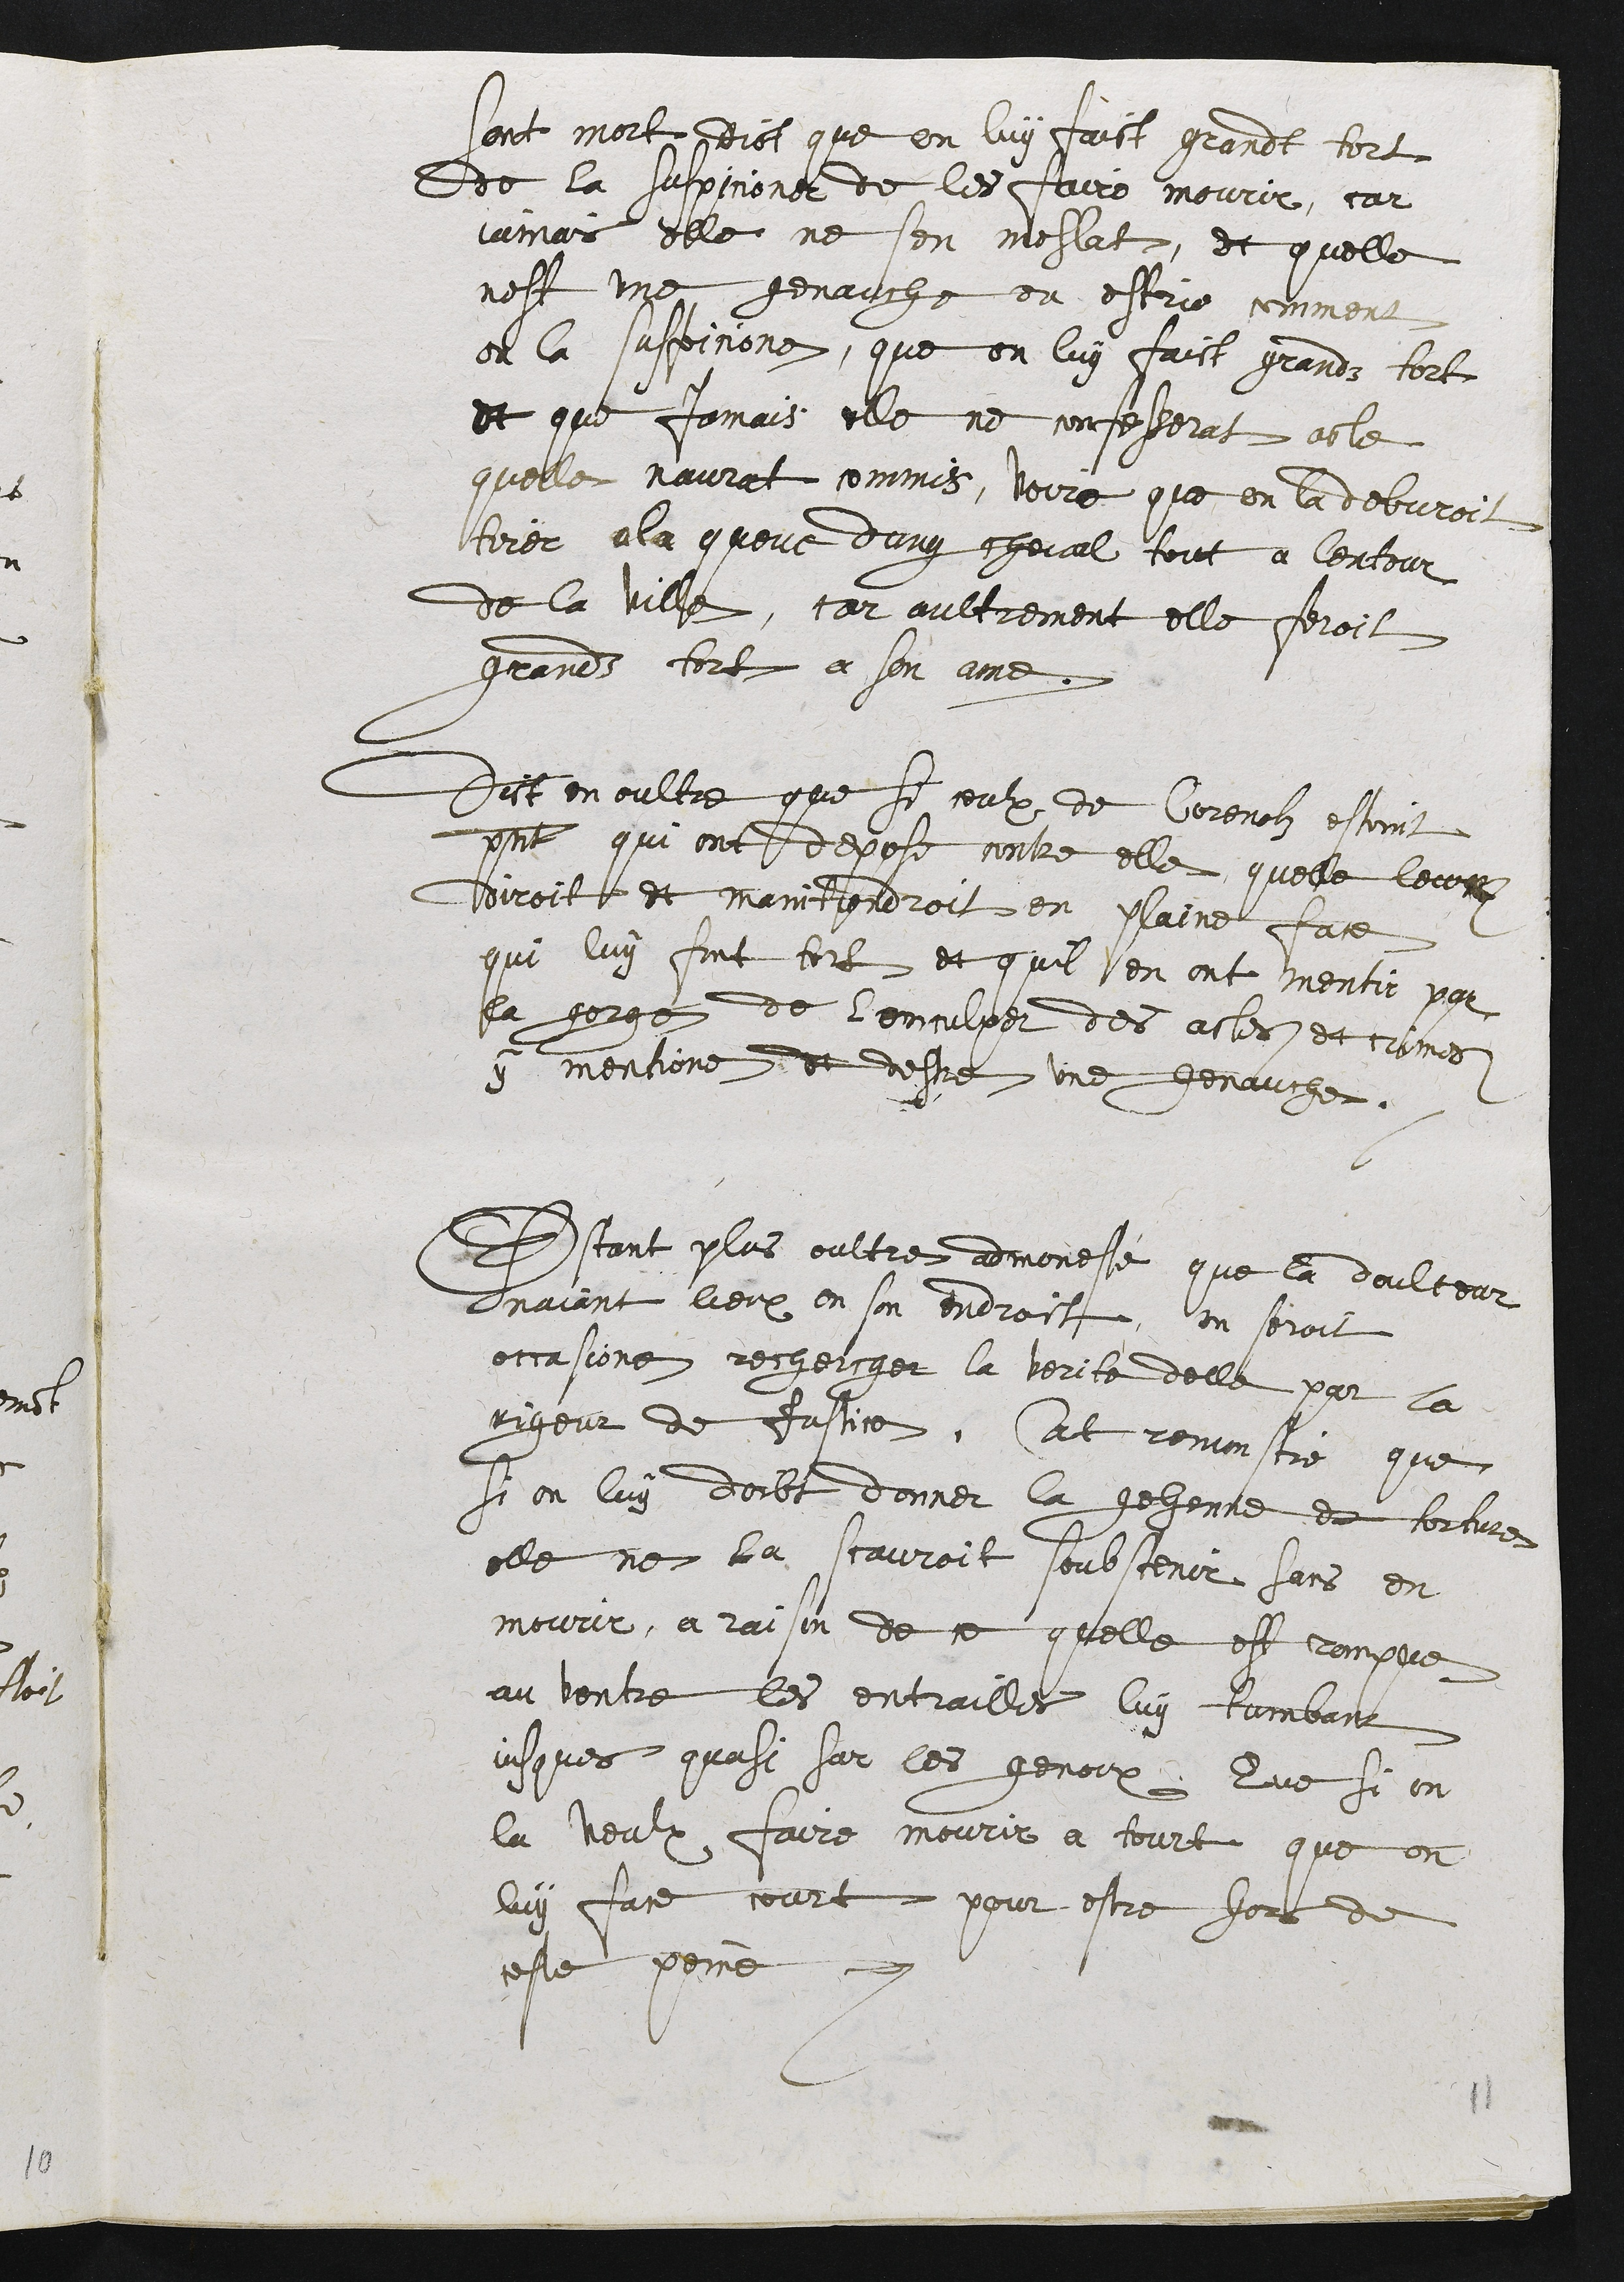
sont mort dict que on luy faict grandt tort
de la supicioner de les faire mourir, car
jamas elle ne sen meslat, et quelle
nest une genauche ou estrie comment
ou la suspicione, que on luy faict grandz tort
et que jamais elle ne confesserat able
quelle n'aurat commis, voire que en la debvroit
tirer a la queve dung cheval tout a lentour
de la ville, car aultrement elle feroit
grands tort a son ame
Dit en oultre que si courx de Corenolz estant
present qui ont depose contre elle quelle leun
duroit et maintendroit en plaine face
qui luy font tort et quil en ont mentir par
sa gorge de lenculper des actes et cromes
y mentione et destre une genauche,
Estant plus oultre amoneste que la daultour
Enaiant lieux en son endroit, on seroit
occasione rechercger la verite delle par la
rigeur de fusie, Cat remoistre que
si on luy doibt donner la gehenne ee torture
elle ne la scauroit soubstenir sans en
mourir, a raison de ce quelle est rrompue
au ventre les entrailles luy tombant
jusques quasi sur les genoix Que si on
la veulx faire mourir a tourt que on
luy face court pour estre hors de
ceste peine